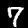
Digit: 7